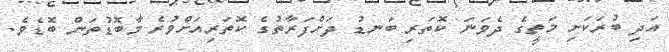
އަދި ބުރަކަށި މަތީގެ ދެވަނަ ކޮތަރި ބަނޑު ދަށްފަރާތުގެ ކޮތަރިއަށްވުރެ މާބޮޑުތަން ބޮޑެވެ.